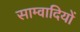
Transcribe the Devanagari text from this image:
साम्वादियों